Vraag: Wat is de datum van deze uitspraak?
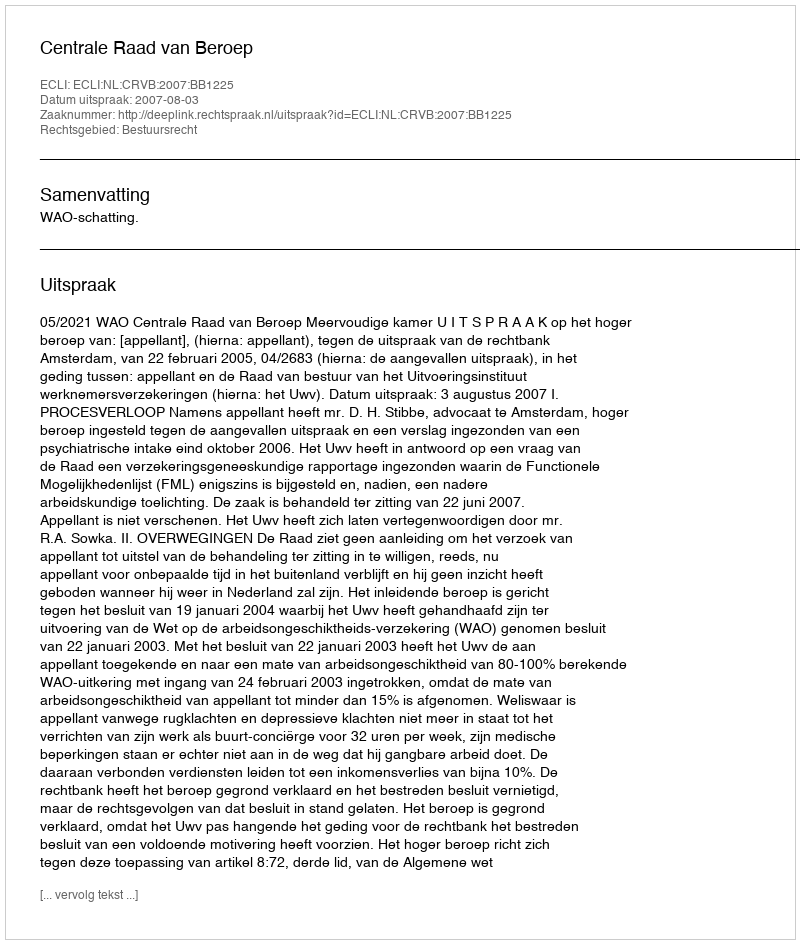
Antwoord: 2007-08-03